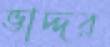
ভাদ্দর